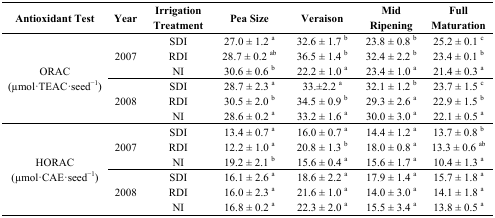
<table><thead><tr><td><b>Antioxidant Test</b></td><td><b>Year</b></td><td><b>Irrigation Treatment</b></td><td><b>Pea Size</b></td><td><b>Veraison</b></td><td><b>Mid Ripening</b></td><td><b>Full Maturation</b></td></tr></thead><tbody><tr><td rowspan="6">ORAC (μmol·TEAC·seed<sup>−1</sup>)</td><td rowspan="3">2007</td><td>SDI</td><td>27.0 ± 1.2 <sup>a</sup></td><td>32.6 ± 1.7 <sup>b</sup></td><td>23.8 ± 0.8 <sup>b</sup></td><td>25.2 ± 0.1 <sup>c</sup></td></tr><tr><td>RDI</td><td>28.7 ± 0.2 <sup>ab</sup></td><td>36.5 ± 1.4 <sup>b</sup></td><td>32.4 ± 2.2 <sup>b</sup></td><td>23.4 ± 0.1 <sup>b</sup></td></tr><tr><td>NI</td><td>30.6 ± 0.6 <sup>b</sup></td><td>22.2 ± 1.0 <sup>a</sup></td><td>23.4 ± 1.0 <sup>a</sup></td><td>21.4 ± 0.3 <sup>a</sup></td></tr><tr><td rowspan="3">2008</td><td>SDI</td><td>28.7 ± 2.3 <sup>a</sup></td><td>33.±2.2 <sup>a</sup></td><td>32.1 ± 1.2 <sup>b</sup></td><td>23.7 ± 1.5 <sup>c</sup></td></tr><tr><td>RDI</td><td>30.5 ± 2.0 <sup>b</sup></td><td>34.5 ± 0.9 <sup>b</sup></td><td>29.3 ± 2.6 <sup>a</sup></td><td>22.9 ± 1.5 <sup>b</sup></td></tr><tr><td>NI</td><td>28.6 ± 0.2 <sup>a</sup></td><td>33.2 ± 1.6 <sup>a</sup></td><td>30.0 ± 3.0 <sup>a</sup></td><td>22.1 ± 0.5 <sup>a</sup></td></tr><tr><td rowspan="6">HORAC (μmol·CAE·seed<sup>−1</sup>)</td><td rowspan="3">2007</td><td>SDI</td><td>13.4 ± 0.7 <sup>a</sup></td><td>16.0 ± 0.7 <sup>a</sup></td><td>14.4 ± 1.2 <sup>a</sup></td><td>13.7 ± 0.8 <sup>b</sup></td></tr><tr><td>RDI</td><td>12.2 ± 1.0 <sup>a</sup></td><td>20.8 ± 1.3 <sup>b</sup></td><td>18.0 ± 0.8 <sup>a</sup></td><td>13.3 ± 0.6 <sup>ab</sup></td></tr><tr><td>NI</td><td>19.2 ± 2.1 <sup>b</sup></td><td>15.6 ± 0.4 <sup>a</sup></td><td>15.6 ± 1.7 <sup>a</sup></td><td>10.4 ± 1.3 <sup>a</sup></td></tr><tr><td rowspan="3">2008</td><td>SDI</td><td>16.1 ± 2.6 <sup>a</sup></td><td>18.6 ± 2.2 <sup>a</sup></td><td>17.9 ± 1.4 <sup>a</sup></td><td>15.7 ± 1.8 <sup>a</sup></td></tr><tr><td>RDI</td><td>16.0 ± 2.3 <sup>a</sup></td><td>21.6 ± 1.0 <sup>a</sup></td><td>14.0 ± 3.0 <sup>a</sup></td><td>14.1 ± 1.8 <sup>a</sup></td></tr><tr><td>NI</td><td>16.8 ± 0.2 <sup>a</sup></td><td>22.3 ± 2.0 <sup>a</sup></td><td>15.5 ± 3.4 <sup>a</sup></td><td>13.8 ± 0.5 <sup>a</sup></td></tr></tbody></table>